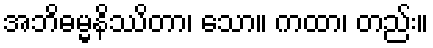
အဘိဓမ္မနိဿိတာ၊ သော။ ကထာ၊ တည်း။